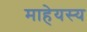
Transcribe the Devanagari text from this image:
माहेयस्य